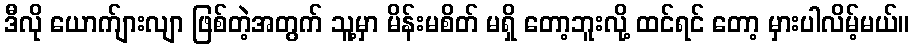
ဒီလို ယောက်ျားလျာ ဖြစ်တဲ့အတွက် သူ့မှာ မိန်းမစိတ် မရှိ တော့ဘူးလို့ ထင်ရင် တော့ မှားပါလိမ့်မယ်။